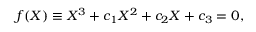
f ( X ) \equiv X ^ { 3 } + c _ { 1 } X ^ { 2 } + c _ { 2 } X + c _ { 3 } = 0 ,